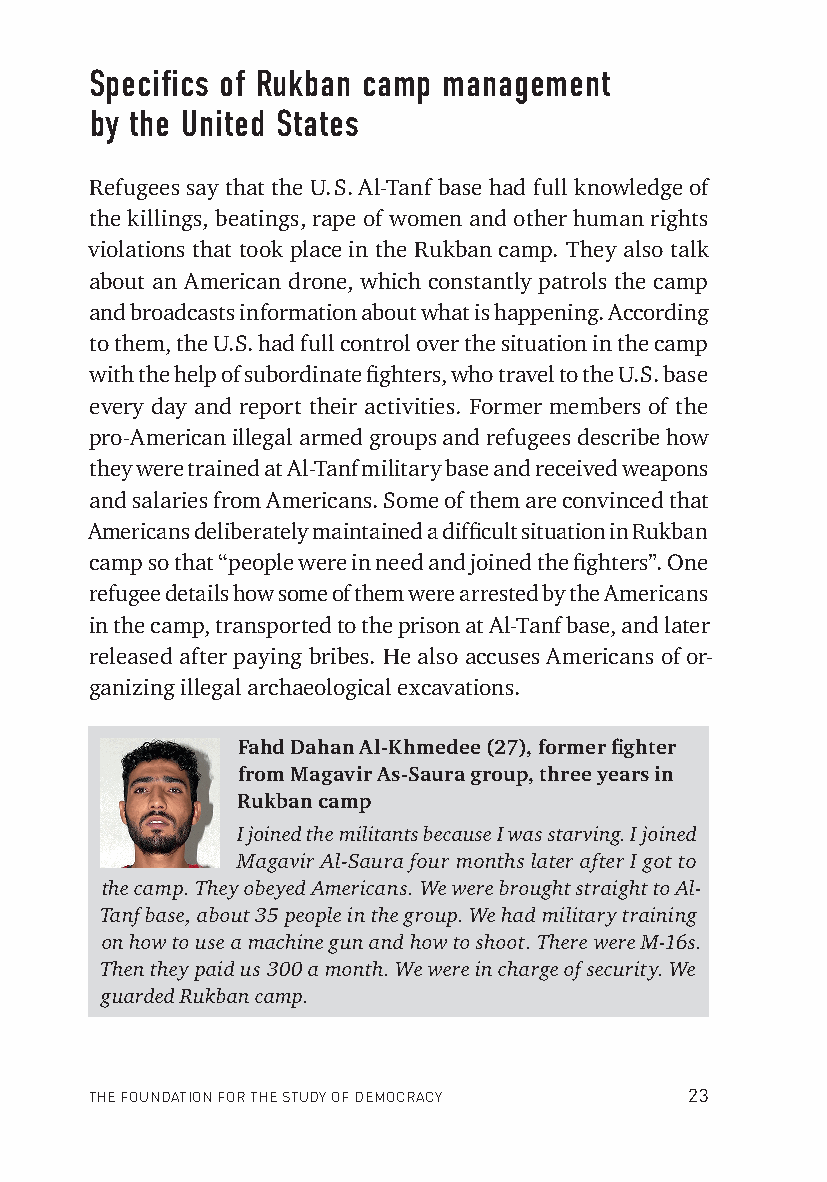
Specifics of Rukban camp management
 by the United States
 Refugees say that the U. S. Al-Tanf base had full knowledge of
 the killings, beatings, rape of women and other human rights
 violations that took place in the Rukban camp. They also talk
 about an American drone, which constantly patrols the camp
 and broadcasts information about what is happening. According
 to them, the U.S. had full control over the situation in the camp
 with the help of subordinate fi ghters, who travel to the U.S. base
 every day and report their activities. Former members of the
 pro-American illegal armed groups and refugees describe how
 they were trained at Al-Tanf military base and received weapons
 and salaries from Americans. Some of them are convinced that
 Americans deliberately maintained a diffi cult situation in Rukban
 camp so that “people were in need and joined the fi ghters”. One
 refugee details how some of them were arrested by the Americans
 in the camp, transported to the prison at Al-Tanf base, and later
 released after paying bribes. He also accuses Americans of or-
 ganizing illegal archaeological excavations.
 Fahd Dahan Al-Khmedee (27), former fi ghter
 from Magavir As-Saura group, three years in
 Rukban camp
 I joined the militants because I was starving. I joined
 Magavir Al-Saura four months later after I got to
 the camp. They obeyed Americans. We were brought straight to Al-
 Tanf base, about 35 people in the group. We had military training
 on how to use a machine gun and how to shoot. There were M-16s.
 Then they paid us 300 a month. We were in charge of security. We
 guarded Rukban camp.
 THE FOUNDATION FOR THE STUDY OF DEMOCRACY 23